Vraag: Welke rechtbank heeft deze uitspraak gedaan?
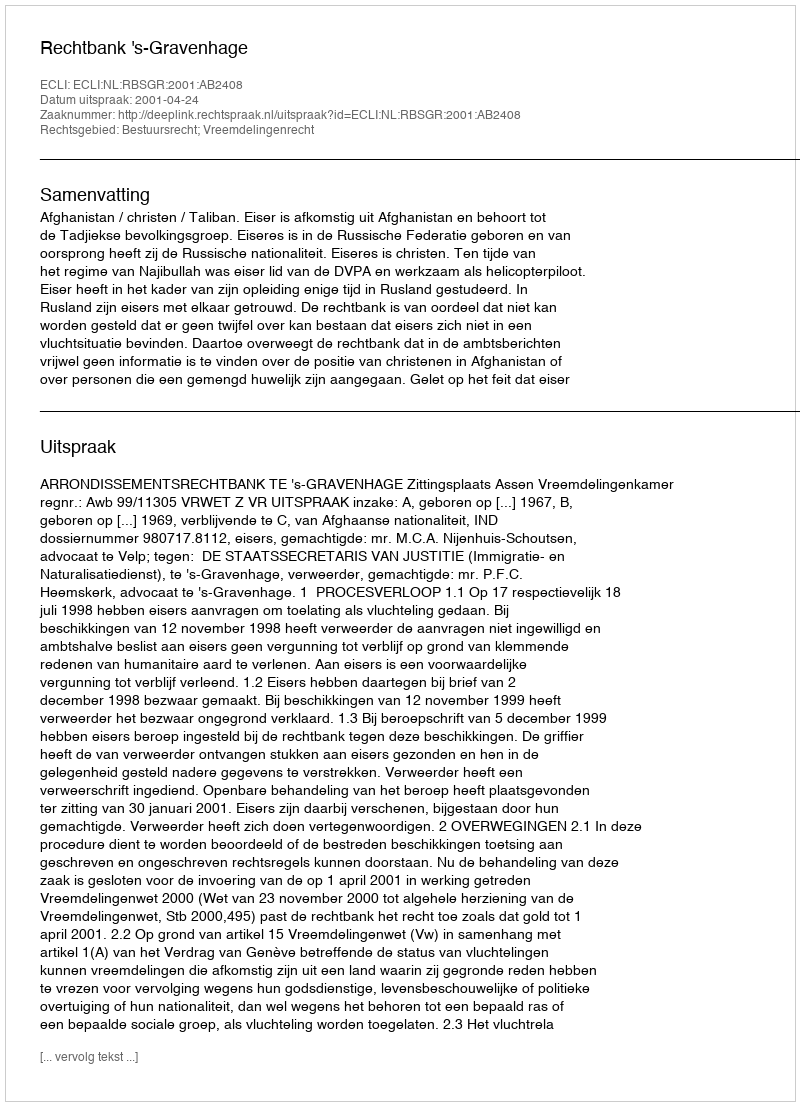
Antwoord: Rechtbank 's-Gravenhage